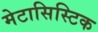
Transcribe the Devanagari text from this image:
मेटासिस्टिक